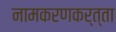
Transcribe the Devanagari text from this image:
नामकरणकर्त्ता